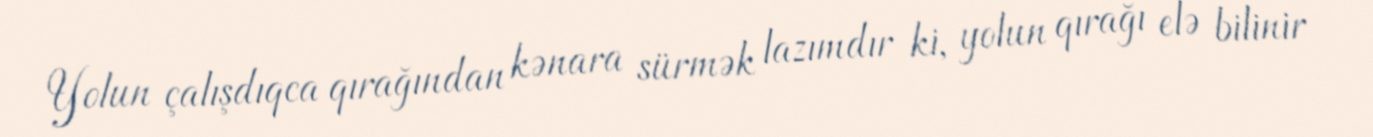
Yolun çalışdıqca qırağından kənara sürmək lazımdır ki, yolun qırağı elə bilinir